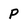
Character: P